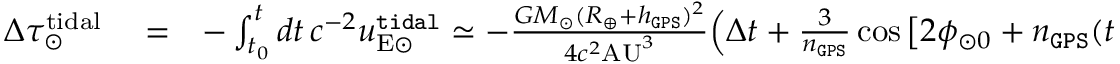
\begin{array} { r l r } { \Delta \tau _ { \odot } ^ { \mathrm { t i d a l } } } & { { } = } & { - \int _ { t _ { 0 } } ^ { t } d t \, c ^ { - 2 } u _ { \mathrm { E \odot } } ^ { \tt t i d a l } \simeq - \frac { G M _ { \odot } ( R _ { \oplus } + h _ { \tt G P S } ) ^ { 2 } } { 4 c ^ { 2 } \mathrm { A U } ^ { 3 } } \Big ( \Delta t + \frac { 3 } { n _ { \tt G P S } } \cos \big [ 2 \phi _ { \odot 0 } + n _ { \tt G P S } ( t + t _ { 0 } ) \big ] \sin \big [ n _ { \tt G P S } \Delta t \big ] \Big ) , } \end{array}